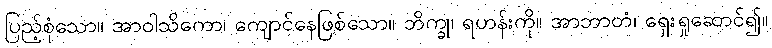
ပြည့်စုံသော။ အာဝါသိကော၊ ကျောင်နေဖြစ်သော။ ဘိက္ခု၊ ရဟန်းကို။ အာဘာတံ၊ ရှေးရှုဆောင်၍။